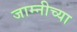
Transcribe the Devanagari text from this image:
जाम्नीच्या